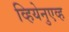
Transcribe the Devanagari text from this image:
व्हियेनुएव्ह